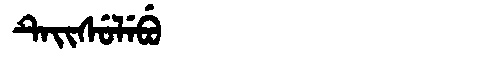
Manchu: ᡨᡝᡳᠰᡠᠯᡝᠪᡠ
Romanization: TEISULEBU